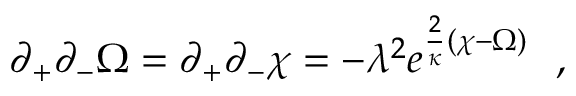
\partial _ { + } \partial _ { - } \Omega = \partial _ { + } \partial _ { - } \chi = - \lambda ^ { 2 } e ^ { { \frac { 2 } { \kappa } } ( \chi - \Omega ) } \ \ ,